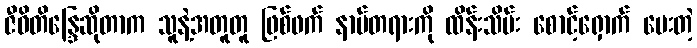
ဇီဝိတိန္ဒြေဆိုတာက သူနဲ့အတူတူ ဖြစ်ဖက် နာမ်တရားကို ထိန်းသိမ်း စောင့်ရှောက် ပေးတဲ့